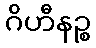
ဂိဟီနဉ္စ